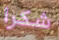
شكرا